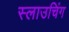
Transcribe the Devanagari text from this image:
स्लाउचिंग